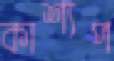
কাশ্যপ